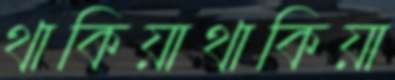
থাকিয়াথাকিয়া